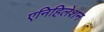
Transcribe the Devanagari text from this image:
एनिहिलेशन